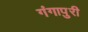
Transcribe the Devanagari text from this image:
गंगापुरी